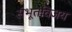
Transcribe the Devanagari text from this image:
संभूतविजय